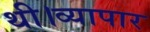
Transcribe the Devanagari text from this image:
थी।व्यापार